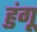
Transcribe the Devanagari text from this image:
हुंगू